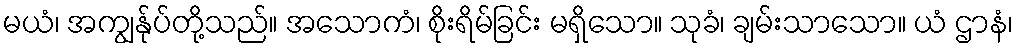
မယံ၊ အကျွန်ုပ်တို့သည်။ အသောကံ၊ စိုးရိမ်ခြင်း မရှိသော။ သုခံ၊ ချမ်းသာသော။ ယံ ဌာနံ၊